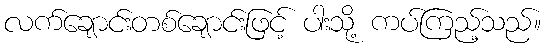
လက်ချောင်းတစ်ချောင်းဖြင့် ပါးသို့ ကပ်ကြည့်သည်။